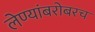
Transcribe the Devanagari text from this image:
लेण्यांबरोबरच